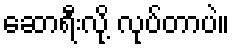
ဆောရီးလို့ လုပ်တာပဲ။